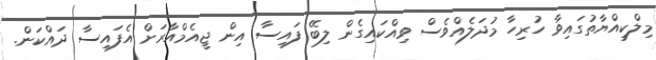
މިލްކިއްޔާތުގައިވާ ހުރިހާ މުދަލެއްވެސް ވިއްކައިގެން ލިބޭ ފައިސާ އިން ޖީއެމްއާރަށް އެފައިސާ ދަައްކަން.